Tezpur Lunatic Asylum reports 1895-1904 - 1895-1904
Year: 1895
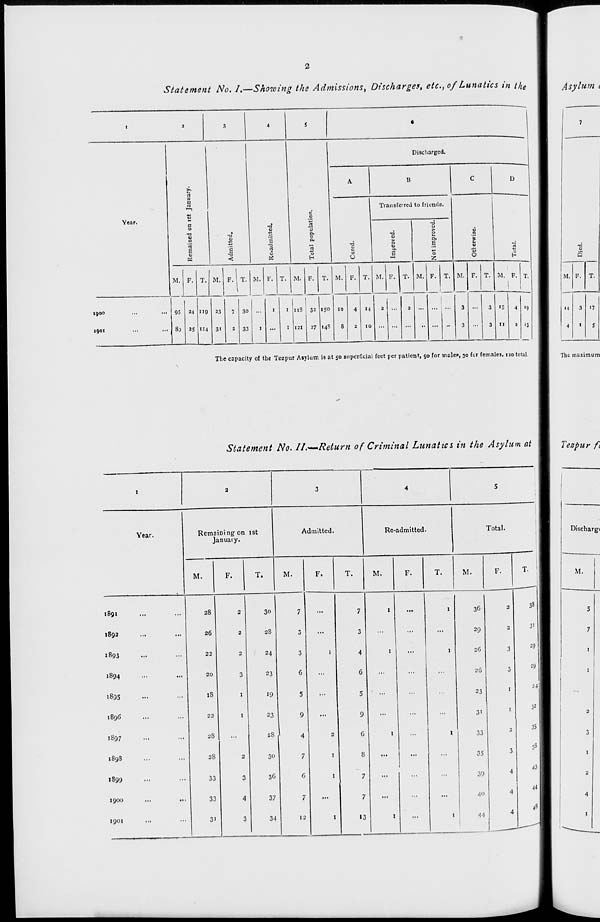
2
Statement No. I.—Showing the Admissions^ Discharges, etc., of Lunatics in tht
Asylum
Discharged.
A
B
C
D
>.
|
a
n
•—>
Transferred to friends.
c
Year.
2
0
□
0
■6
0
rt
"3
•0
•a
S a
•a
V
a
a.
0
-a
0,
ft
rt
■u
■a
E
E
E
rt
rt
a,
0
en
■n
<
u
OS
£
a
O
£
0
Z
0
0
M. F. T. M. F. T. M. F. T. M. F. T. M. F. T. M. F. T. M. F. T. M.
3
F. T. M. F. T.
1900
,,,
... 95 24 119 n 7 30
1
1 118
32 «5° 10 4 »4 2 ... 2 ... ...
...
3 «s 4 '9
1901
8P 25 114 31
2
33
1
...
1 121
27 «4S
8
2
10
... ... ...
•• ... ■•
3 ...
3 tl
a '3
■d
Q
M. F. T.
■4
3 17
4
1
S
The capacity of the Tezpur Asylum is at 50 superficial feet per patient, 90 for male*, 30 for females. 120 total,
The maximum
Statement No. If.—-Return of Criminal Lunatics in the Asylum at I Tezpur ft
1891
1892
1893
1894
1895
189G
1897
189s
1899
1900
1901
Year.
Remaining on 1st
January.
M.
F.
T.
Admitted.
Re-admitted.
M.
F.
T.
M.
F.
28
2
30
7
...
7
1
26
2
28
3
...
3
...
22
2
24
3
1
4
1
20
3
23
6
...
G
...
IS
1
>9
5
...
5
...
22
1
23
9
...
9
...
28
...
28 \
4
2
G
1
28
2
30
7
1
8
...
33
3
30
G
I
7
...
33
4
37
7
...
7
...
3>
3
34
12
I
»3
1
Total.
M.
36
29
2G
2G
23
3i
33
35
39
4"
44
F.
38
3'
29
29
24
32
35
33
43
■II
Discharge
M.
5
7